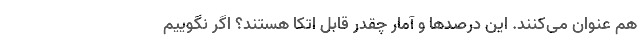
هم عنوان می‌کنند. این درصدها و آمار چقدر قابل اتکا هستند؟ اگر نگوییم